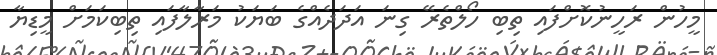
މީހުން ރަހީނުކޮށްފައި ތިބި ހޯލްތެރޭ ގިނަ އަދަދެއްގެ ބަޔަކު މަރާލާފައި ތިބިކަމަށް މީޑިޔާ